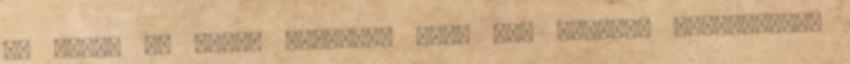
is éltem át ilyen napokat, csak nem ennyire intenzíven.